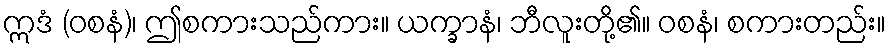
ဣဒံ (ဝစနံ)၊ ဤစကားသည်ကား။ ယက္ခာနံ၊ ဘီလူးတို့၏။ ဝစနံ၊ စကားတည်း။